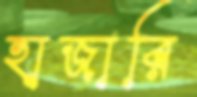
হাজারি